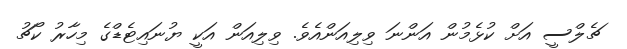
ޗެލްސީ އަށް ކުޅެމުން އަންނަ ވިލިއަންއެވެ. ވިލިއަން އަކީ ޔުނައިޓެޑްގެ މިހާރު ކޯޗު